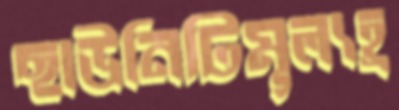
ছাউনিটিমূল্যহ্র